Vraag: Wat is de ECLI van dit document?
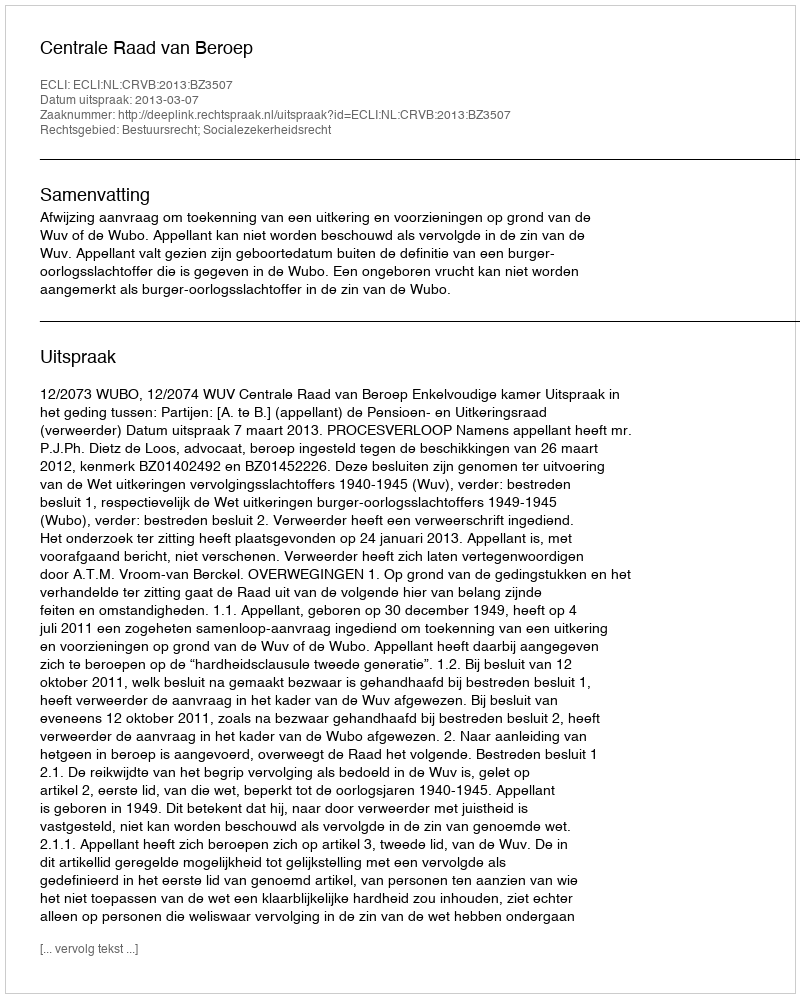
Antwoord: ECLI:NL:CRVB:2013:BZ3507